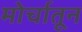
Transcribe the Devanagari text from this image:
मोर्चातून